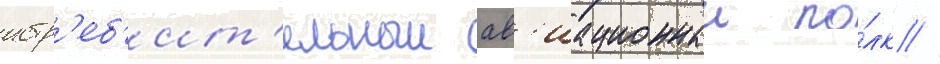
истр'еб'ит'ельныи ав'иационныи по́лк //